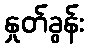
နှုတ်ခွန်း